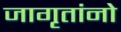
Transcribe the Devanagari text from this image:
जागृतांनो